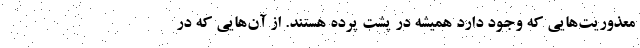
معذوریت‌هایی که وجود دارد همیشه در پشت پرده هستند. از آن‌هایی که در